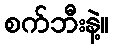
စက်ဘီးနဲ့။